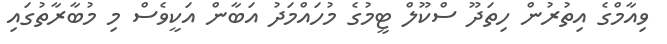
ވިއާމްގެ އިތުރުން ހިތަދޫ ސްކޫލް ޓީމުގެ މުހައްމަދު އަބާން އަކީވެސް މި މުބާރާތުގައި